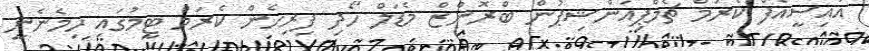
އައިސީއެފް ކެރަމް ޗެމްޕިއަންޝިޕުން ބްރޮންޒް މެޑަލް ހޯދި ފިރިހެން ކެރަމް ޓީމުގައި ހިމެނެނީ